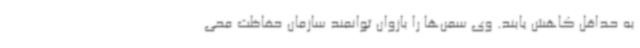
به حداقل کاهش یابند. وی سمن‌ها را بازوان توانمند سازمان حفاظت محی